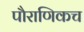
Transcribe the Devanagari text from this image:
पौराणिकच